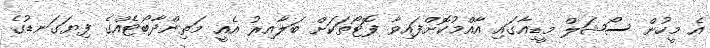
އެ މީހުން ސޯޝަލް މީޑިއާގައި އާއްމުކޮށްފައިވާ ފޮޓޯތަކަށް ބަލާއިރު އެއީ މަތިންދާބޯޓެއްގެ ފިޔަގަނޑުގެ